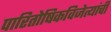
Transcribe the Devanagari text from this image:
पारितोषिकविजेत्यांची